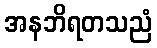
အနဘိရတသညံ